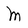
Character: M